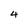
Character: 4